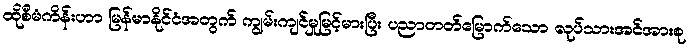
ထိုစီမံကိန်းဟာ မြန်မာနိုင်ငံအတွက် ကျွမ်းကျင်မှုမြင့်မားပြီး ပညာတတ်မြောက်သော လုပ်သားအင်အားစု